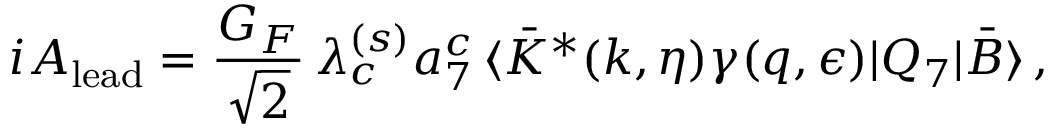
i { \cal A } _ { \mathrm { l e a d } } = \frac { G _ { F } } { \sqrt 2 } \, \lambda _ { c } ^ { ( s ) } a _ { 7 } ^ { c } \, \langle \bar { K } ^ { * } ( k , \eta ) \gamma ( q , \epsilon ) | Q _ { 7 } | \bar { B } \rangle \, ,